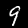
Label: 9